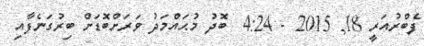
ފެބްރުއަރީ 18